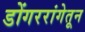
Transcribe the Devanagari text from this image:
डोंगररांगेतून